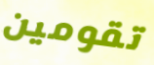
تقومين